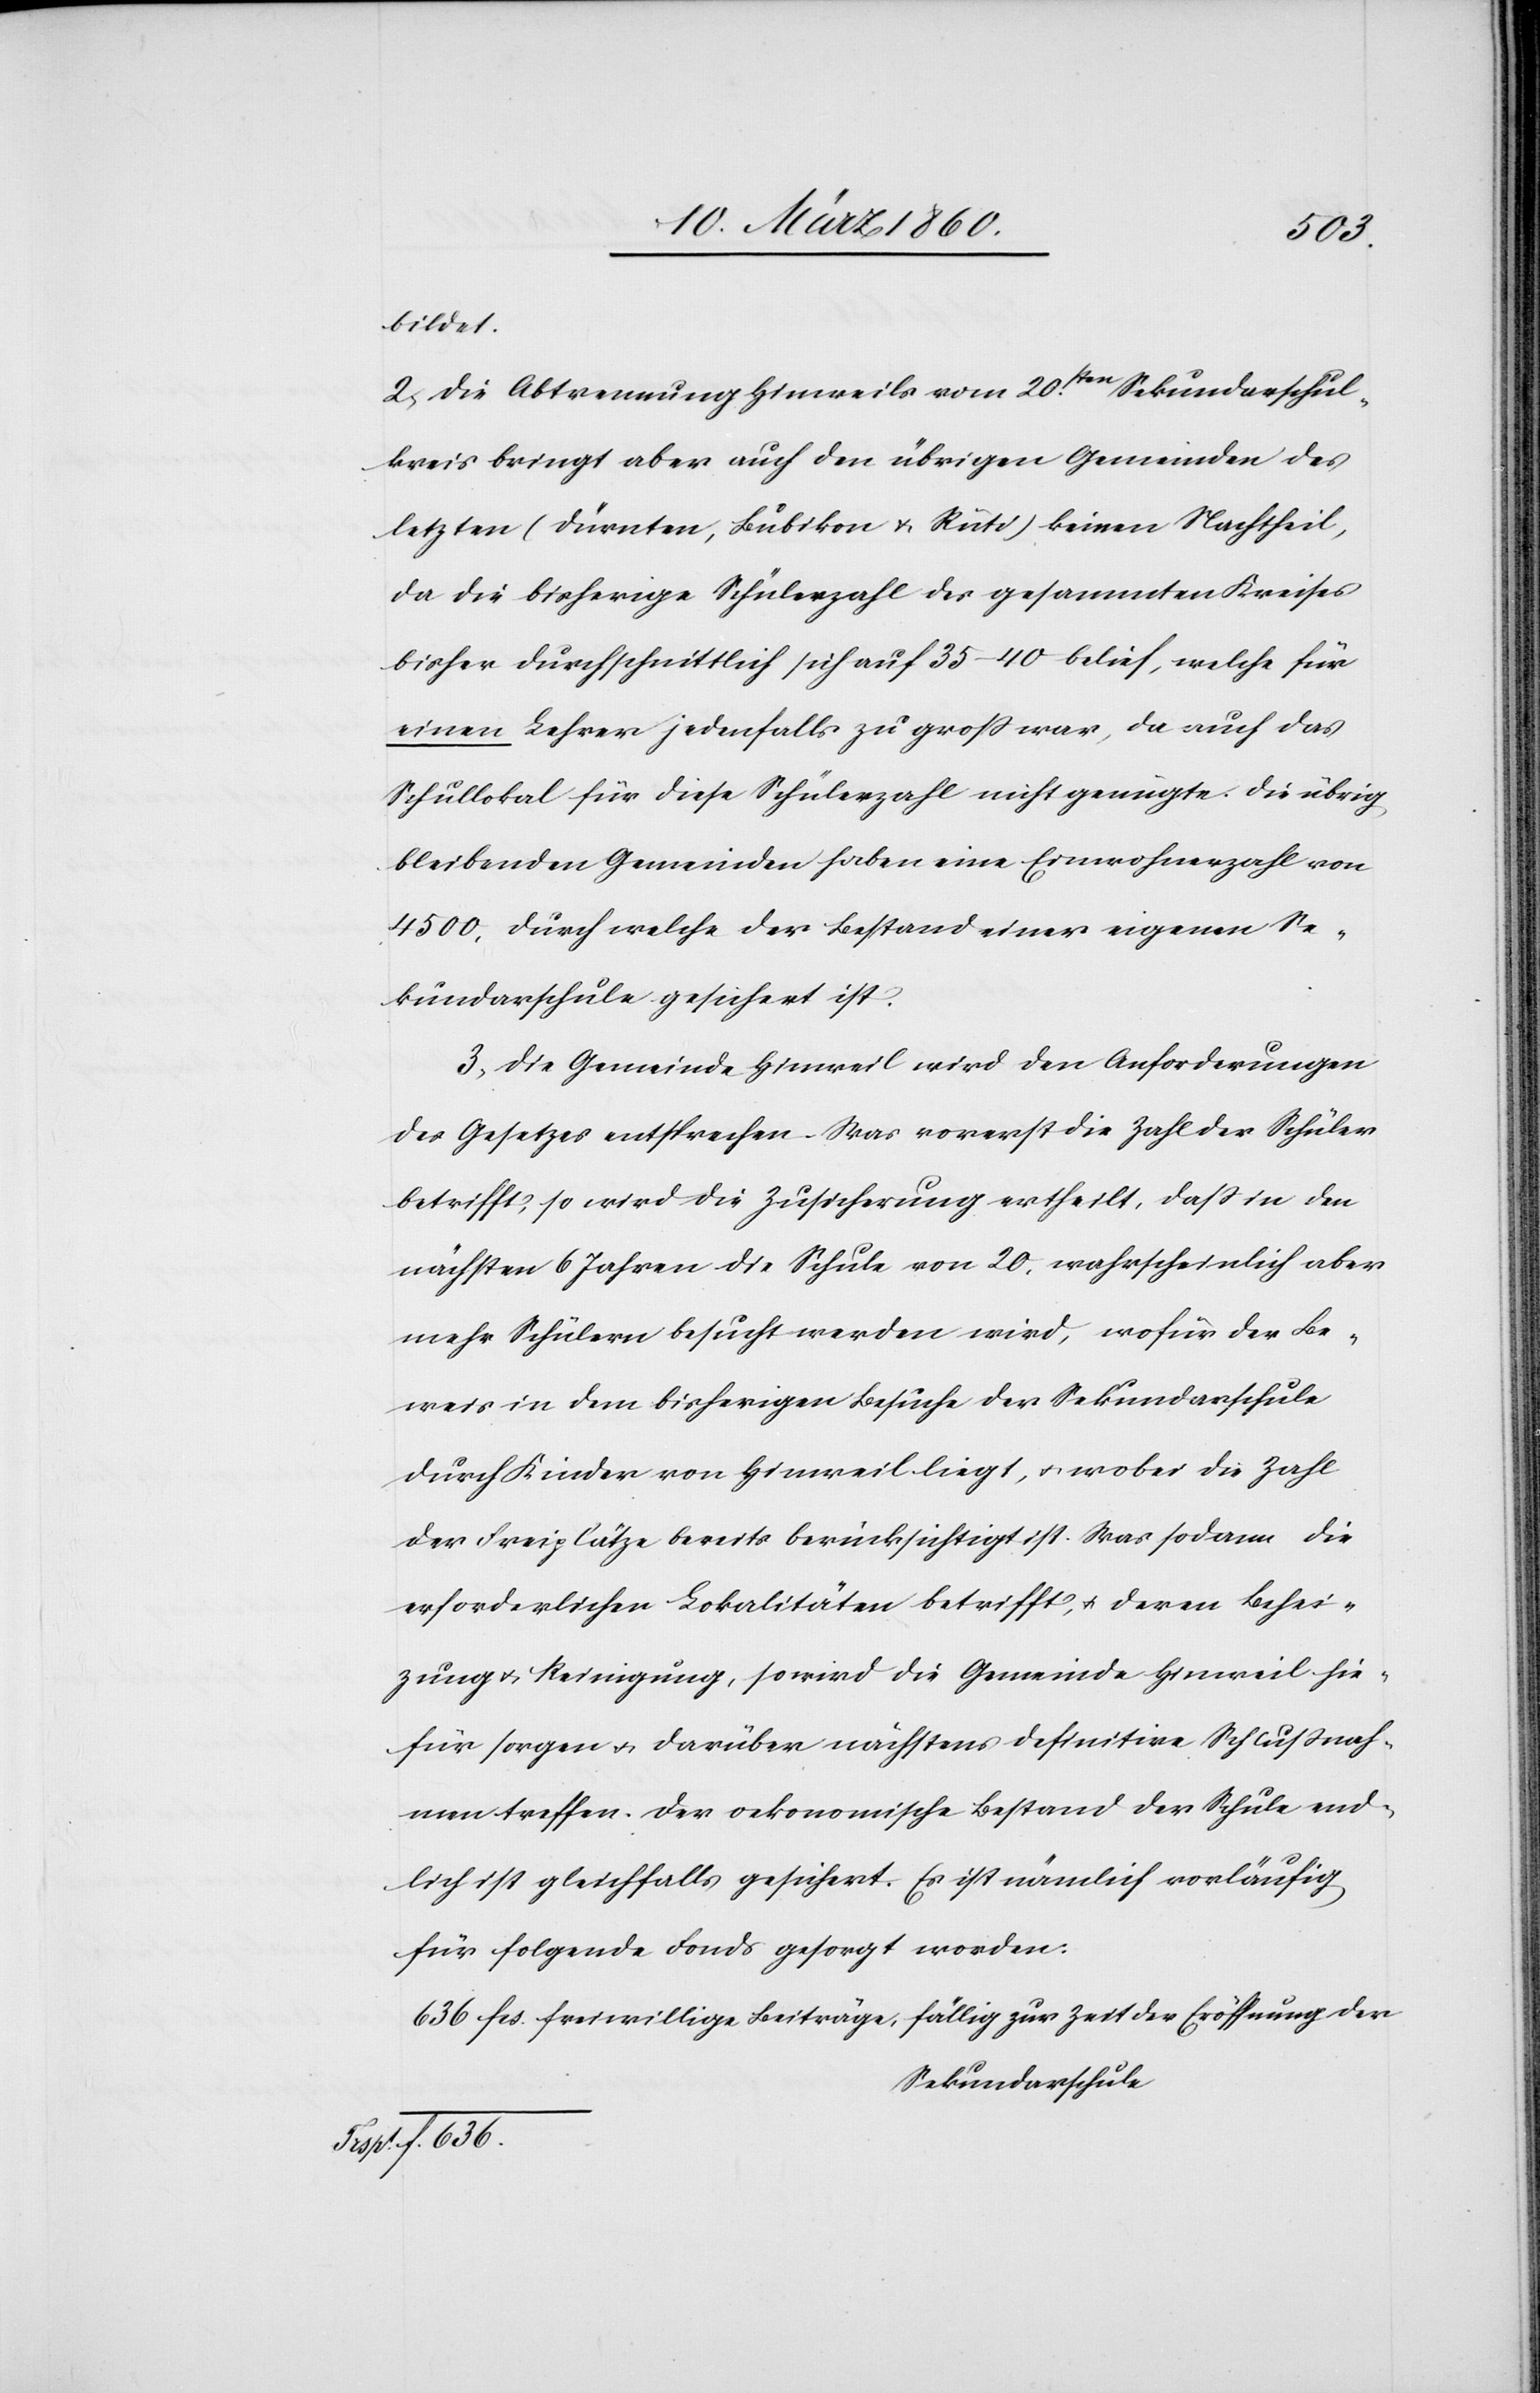
636.
bildet.
2. Die Abtrennung Hinweils vom 20sten Sekundarschul¬
kreis bringt aber auch den übrigen Gemeinden des
letzten [Dürnten, Bubikon u. Rüti] keinen Nachtheil,
da die bisherige Schülerzahl des gesammten Kreises
bisher durchschnittlich sich auf 35–40 belief, welche für
einen Lehrer jedenfalls zu groß war, da auch das
Schullokal für diese Schülerzahl nicht genügte. Die übrig
bleibenden Gemeinden haben eine Einwohnerzahl von
4500, durch welche der Bestand einer eigenen Se¬
kundarschule gesichert ist.
3. Die Gemeinde Hinweil wird den Anforderungen
des Gesetzes entsprechen. Was vorerst die Zahl der Schüler
betrifft, so wird die Zusicherung ertheilt, dass in den
nächsten 6 Jahren die Schule von 20. wahrscheinlich aber
mehr Schülern besucht werden wird, wofür der Be¬
weis in dem bisherigen Besuche der Sekundarschule
durch Kinder von Hinweil liegt, u. wobei die Zahl
der Freiplätze bereits berücksichtigt ist. Was sodann die
erforderlichen Lokalitäten betrifft, u. deren Behei¬
zung u. Reinigung, so wird die Gemeinde Hinweil hie¬
für sorgen u. darüber nächstens definitive Schlussnah¬
men treffen. Der oekonomische Bestand der Schule end¬
lich ist gleichfalls gesichert. Es ist nämlich vorläufig
für folgende Fonds gesorgt worden:
636. fcs. freiwillige Beiträge, fällig zur Zeit der Eröffnung der
Sekundarschule.